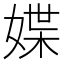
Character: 媟